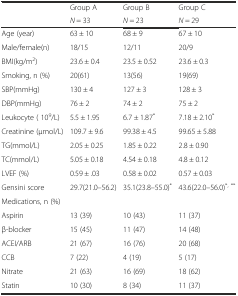
<table><thead><tr><td rowspan="2"></td><td><b>Group A</b></td><td><b>Group B</b></td><td><b>Group C</b></td></tr><tr><td><b><i>N</i> = 33</b></td><td><b><i>N</i> = 23</b></td><td><b><i>N</i> = 29</b></td></tr></thead><tbody><tr><td>Age (year)</td><td>63 ± 10</td><td>68 ± 9</td><td>67 ± 10</td></tr><tr><td>Male/female(n)</td><td>18/15</td><td>12/11</td><td>20/9</td></tr><tr><td>BMI(kg/m<sup>2</sup>)</td><td>23.6 ± 0.4</td><td>23.5 ± 0.52</td><td>23.6 ± 0.3</td></tr><tr><td>Smoking, n (%)</td><td>20(61)</td><td>13(56)</td><td>19(69)</td></tr><tr><td>SBP(mmHg)</td><td>130 ± 4</td><td>127 ± 3</td><td>128 ± 3</td></tr><tr><td>DBP(mmHg)</td><td>76 ± 2</td><td>74 ± 2</td><td>75 ± 2</td></tr><tr><td>Leukocyte ( 10<sup>9</sup>/L)</td><td>5.5 ± 1.95</td><td>6.7 ± 1.87<sup>*</sup></td><td>7.18 ± 2.10<sup>*</sup></td></tr><tr><td>Creatinine (μmol/L)</td><td>109.7 ± 9.6</td><td>99.38 ± 4.5</td><td>99.65 ± 5.88</td></tr><tr><td>TG(mmol/L)</td><td>2.05 ± 0.25</td><td>1.85 ± 0.22</td><td>2.8 ± 0.90</td></tr><tr><td>TC(mmol/L)</td><td>5.05 ± 0.18</td><td>4.54 ± 0.18</td><td>4.8 ± 0.12</td></tr><tr><td>LVEF (%)</td><td>0.59 ± .03</td><td>0.58 ± 0.02</td><td>0.57 ± 0.03</td></tr><tr><td>Gensini score</td><td>29.7(21.0–56.2)</td><td>35.1(23.8–55.0)<sup>*</sup></td><td>43.6(22.0–56.0)<sup>*, **</sup></td></tr><tr><td>Medications, n (%)</td><td></td><td></td><td></td></tr><tr><td>Aspirin</td><td>13 (39)</td><td>10 (43)</td><td>11 (37)</td></tr><tr><td>β-blocker</td><td>15 (45)</td><td>11 (47)</td><td>14 (48)</td></tr><tr><td>ACEI/ARB</td><td>21 (67)</td><td>16 (76)</td><td>20 (68)</td></tr><tr><td>CCB</td><td>7 (22)</td><td>4 (19)</td><td>5 (17)</td></tr><tr><td>Nitrate</td><td>21 (63)</td><td>16 (69)</td><td>18 (62)</td></tr><tr><td>Statin</td><td>10 (30)</td><td>8 (34)</td><td>11 (37)</td></tr></tbody></table>